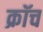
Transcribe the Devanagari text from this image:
क्रॉच